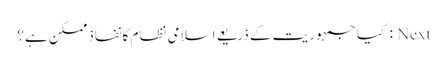
Next : کیا جمہوریت کے ذریعے اسلامی نظام کانفاذممکن ہے؟